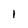
Character: 1